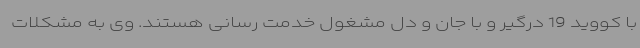
با کووید 19 درگیر و با جان و دل مشغول خدمت رسانی هستند. وی به مشکلات